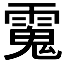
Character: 𩳧